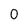
Character: O